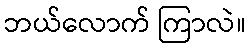
ဘယ်လောက် ကြာလဲ။